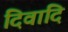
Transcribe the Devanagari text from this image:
दिवादि